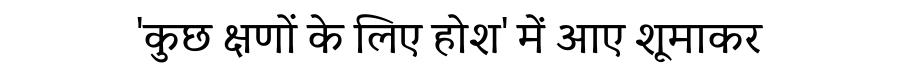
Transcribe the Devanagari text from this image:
'कुछ क्षणों के लिए होश' में आए शूमाकर